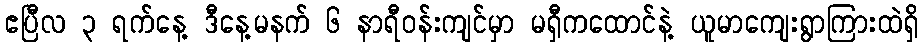
ဧပြီလ ၃ ရက်နေ့ ဒီနေ့မနက် ၆ နာရီဝန်းကျင်မှာ မရှီကထောင်နဲ့ ယူမာကျေးရွာကြားထဲရှိ